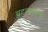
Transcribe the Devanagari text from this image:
बृहत्ग्रंथाचा